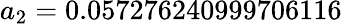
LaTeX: a_{2}=0.057276240999706116